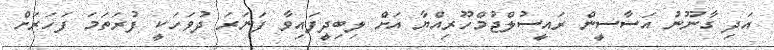
އަދި ގާނޫނު އަސާސީން ރައީސުލްޖުމްހޫރިއްޔާ އަށް ލިބިދީފައިވާ ފަނަރަ ދުވަހަކީ ފުރަތަމަ ފަހަރަށް